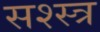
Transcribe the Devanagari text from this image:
सश्स्त्र